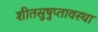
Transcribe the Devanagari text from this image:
शीतसुषुप्तावस्था